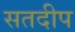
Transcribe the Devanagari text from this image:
सतदीप